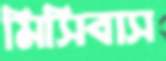
মিসিবাস